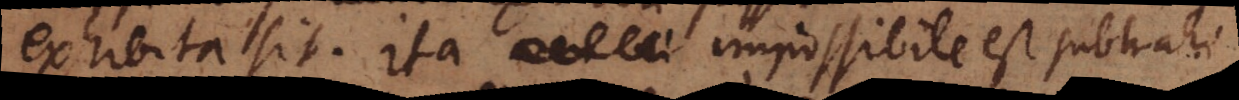
exhibita sit. Ita impossibile est subtrahi